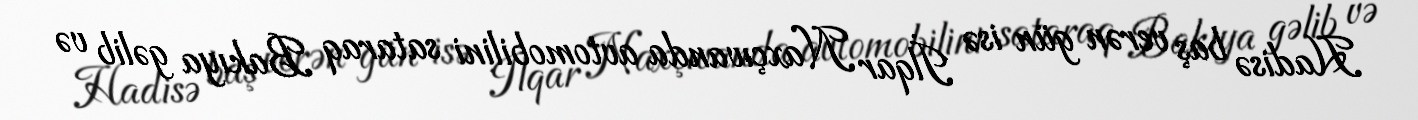
Hadisə baş verən gün isə İlqar Naxçıvanda avtomobilini sataraq Bakıya gəlib və